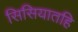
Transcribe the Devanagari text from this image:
सिसियातहि